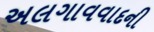
અલગાવવાદની